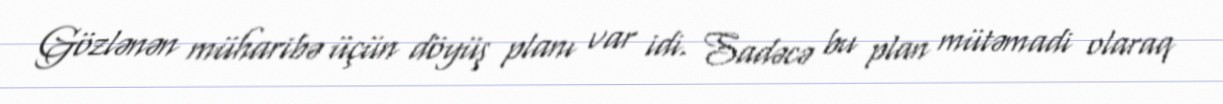
Gözlənən müharibə üçün döyüş planı var idi. Sadəcə bu plan mütəmadi olaraq